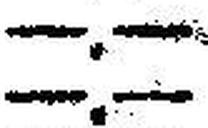
—.—